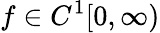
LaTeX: f\in C^{1}[0,\infty)